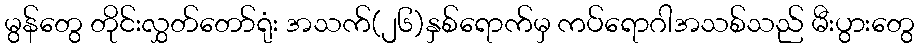
မွန်တွေ တိုင်းလွှတ်တော်ရုံး အသက်(၂၆)နှစ်ရောက်မှ ကပ်ရောဂါအသစ်သည် မီးပွားတွေ